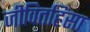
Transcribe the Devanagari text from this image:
जीवितहिंसा